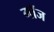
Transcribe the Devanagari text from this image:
गॉज